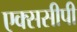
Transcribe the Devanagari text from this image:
एक्ससीपी